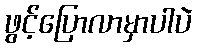
ဖွင့်ပြောလာမှာပါပဲ